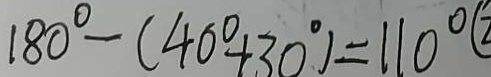
1 8 0 ^ { \circ } - ( 4 0 ^ { \circ } + 3 0 ^ { \circ } ) = 1 1 0 ^ { \circ }